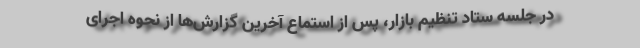
در جلسه ستاد تنظیم بازار، پس از استماع آخرین گزارش‌ها از نحوه اجرای